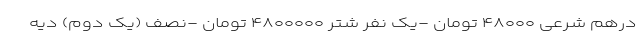
درهم شرعی ۴۸۰۰۰ تومان -یک نفر شتر ۴۸۰۰۰۰۰ تومان -نصف (یک دوم) دیه